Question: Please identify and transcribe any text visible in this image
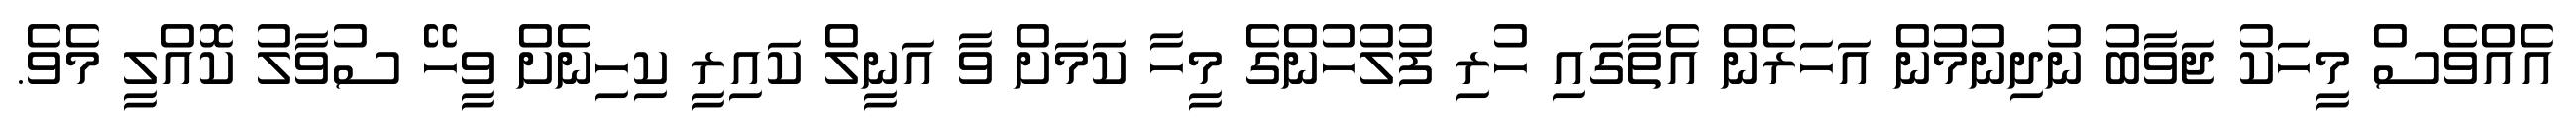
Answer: އެއްވެސް މީހަކު ޖަވާބު ނުދިނުމުން އަހަރެން އެތާގައި ހުރި ފުލުހުންގެ މީހާ ކަމަށް ވާ އަނީލް ކައިރީ ކިހިނެށް ވީހޭ ސުވާލު ކޮއްލީ މެވެ.